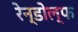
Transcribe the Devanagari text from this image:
रेन्डोल्फ